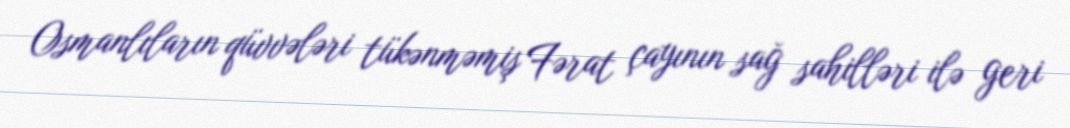
Osmanlıların qüvvələri tükənməmiş Fərat çayının sağ sahilləri ilə geri